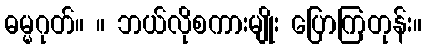
ဓမ္မဂုတ်။ ။ ဘယ်လိုစကားမျိုး ပြောကြတုန်း။